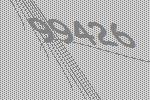
99426